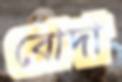
বোদা